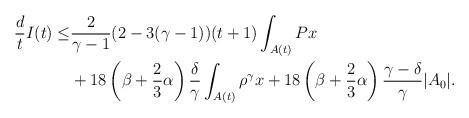
LaTeX: \begin{align*}\frac{d}{t}I(t) \leq & \frac{2}{\gamma-1}(2-3(\gamma-1))(t+1)\int_{A(t)}Px \\&+18\left(\beta+\frac{2}{3}\alpha\right)\frac{\delta}{\gamma}\int_{A(t)}\rho^\gamma x+18\left(\beta+\frac{2}{3}\alpha\right)\frac{\gamma-\delta}{\gamma}|A_{0}|.\end{align*}